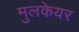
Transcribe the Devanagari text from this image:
मुलकेयर